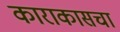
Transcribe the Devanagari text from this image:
काराकासचा